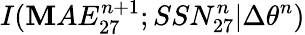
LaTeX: I(\mathbf{M}AE_{27}^{n+1};SSN_{27}^{n}|\Delta\theta^{n})